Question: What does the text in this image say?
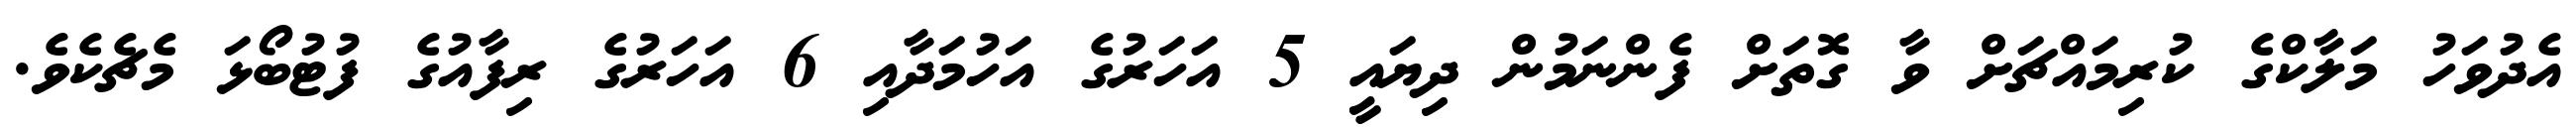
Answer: އެދުވަހު މަލާކްގެ ކުރިމައްޗަށް ވާ ގޮތަށް ފެންނަމުން ދިޔައީ 5 އަހަރުގެ އަހުމަދާއި 6 އަހަރުގެ ރިފާއުގެ ފުޓުބޯޅަ މެޗެކެވެ.